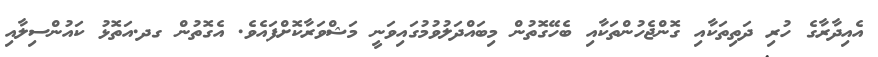
އެއިދާރާގެ ހުރި ދަތިތަކާއި ގޮންޖެހުންތަކާއި ބެހޭގޮތުން މިބައްދަލުވުމުގައިވަނީ މަޝްވަރާކޮށްފައެވެ. އެގޮތުން ގދ.އަތޮޅު ކައުންސިލާއި